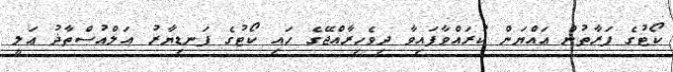
ކޯޓުގެ ފަރާތުން ޢައްޔަން ކުރައްވާފައިވާ ދިވެހިރާއްޖޭގެ ހައި ކޯޓުގެ ފަނޑިޔާރު އަލްއުސްތާޛު ޢަލީ